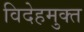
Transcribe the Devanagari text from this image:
विदेहमुक्त